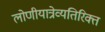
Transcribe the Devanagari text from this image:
लोणीयात्रेव्यतिरिक्त